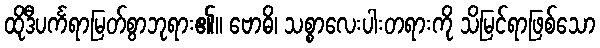
ထိုဒီပင်္ကရာမြတ်စွာဘုရား၏။ ဗောဓိ၊ သစ္စာလေးပါးတရားကို သိမြင်ရာဖြစ်သော